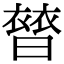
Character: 𧜊